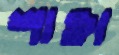
শাক্তা